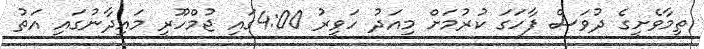
ތިމާވެށީގެ ދުވަސް ފާހަގަ ކުރުމަށް މިއަދު ހަވީރު 4:00ގައި ޖުމްހޫރީ މައިދާނުގައި އަތު